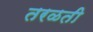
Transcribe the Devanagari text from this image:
तरळती